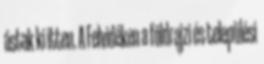
ástak ki itten. A Felvidéken a földrajzi és települési